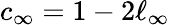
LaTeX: c_{\infty}=1-2\ell_{\infty}